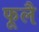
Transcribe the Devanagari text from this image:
फूलै